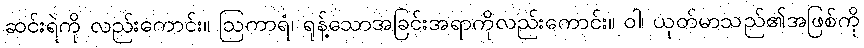
ဆင်းရဲကို လည်းကောင်း။ ဩကာရံ၊ ရုန့်သောအခြင်းအရာကိုလည်းကောင်း။ ဝါ၊ ယုတ်မာသည်၏အဖြစ်ကို